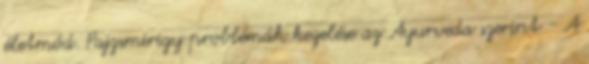
életmód. Pajzsmirigy problémák kezelése az Ayurveda szerint - A